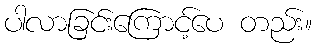
ပါလာခြင်းကြောင့်ပေ တည်း။